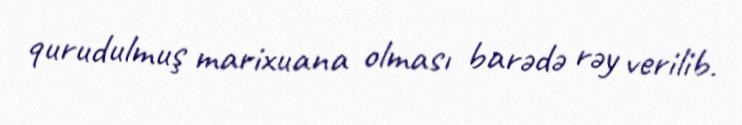
qurudulmuş marixuana olması barədə rəy verilib.